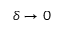
\delta \to 0